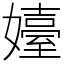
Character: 嬯